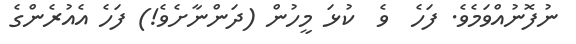
ނުފޮނުއްވަމެވެ. ފަހެ  ވެ  ކުޅަ މީހުން (ދަންނާށެވެ!) ފަހެ އެއުރެންގެ